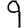
Digit: 9